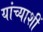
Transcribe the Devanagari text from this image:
यांच्याशीं